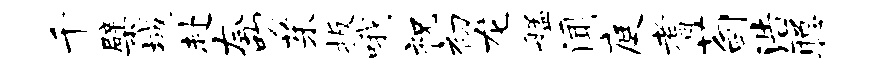
千檗城赴夸叨茱扳哦祝初龙艋闻庭耆荀浩聪